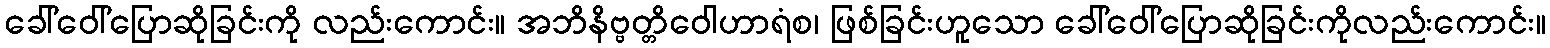
ခေါ်ဝေါ်ပြောဆိုခြင်းကို လည်းကောင်း။ အဘိနိဗ္ဗတ္တိဝေါဟာရံစ၊ ဖြစ်ခြင်းဟူသော ခေါ်ဝေါ်ပြောဆိုခြင်းကိုလည်းကောင်း။